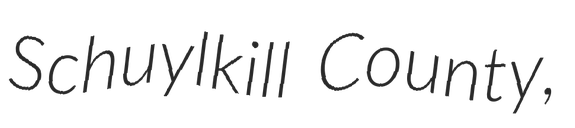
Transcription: Schuylkill County,